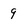
Character: 9